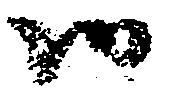
御